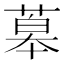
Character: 䔌